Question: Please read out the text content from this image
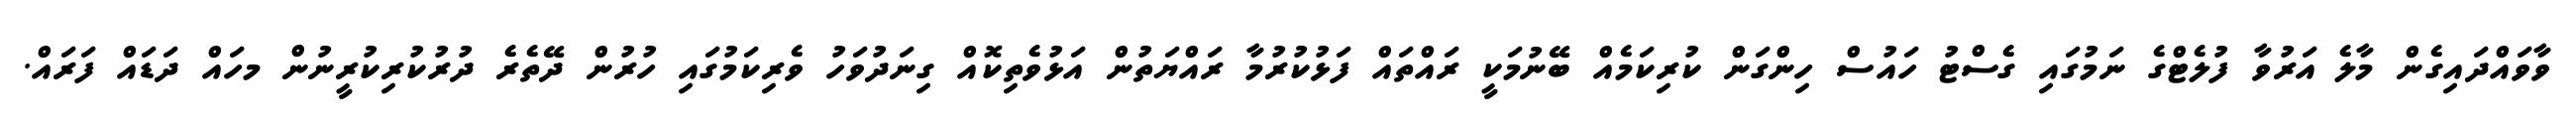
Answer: ވާވައްދައިގެން މާލެ އަރުވާ ފުލެޓްގެ ނަމުގައި ގެސްޓު ހައުސް ހިންގަން ކުރިކަމެއް ބޭނުމަކީ ރައްތައް ފަޅުކުރުމާ ރައްޔަތުން އަޅުވެތިކޮއް ގިނަދުވަހު ވެރިކަމުގައި ހުރުން ދޭތެރެ ދުރުކުރިކުރީނުން މހައް ދަޑައް ފަރައް.